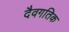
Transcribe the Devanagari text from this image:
दैवगतिक